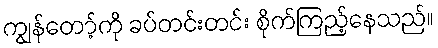
ကျွန်တော့်ကို ခပ်တင်းတင်း စိုက်ကြည့်နေသည်။